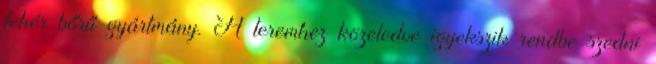
fehér bőrű gyártmány. A teremhez közeledve igyekszik rendbe szedni